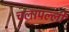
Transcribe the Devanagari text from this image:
चलापल्ली